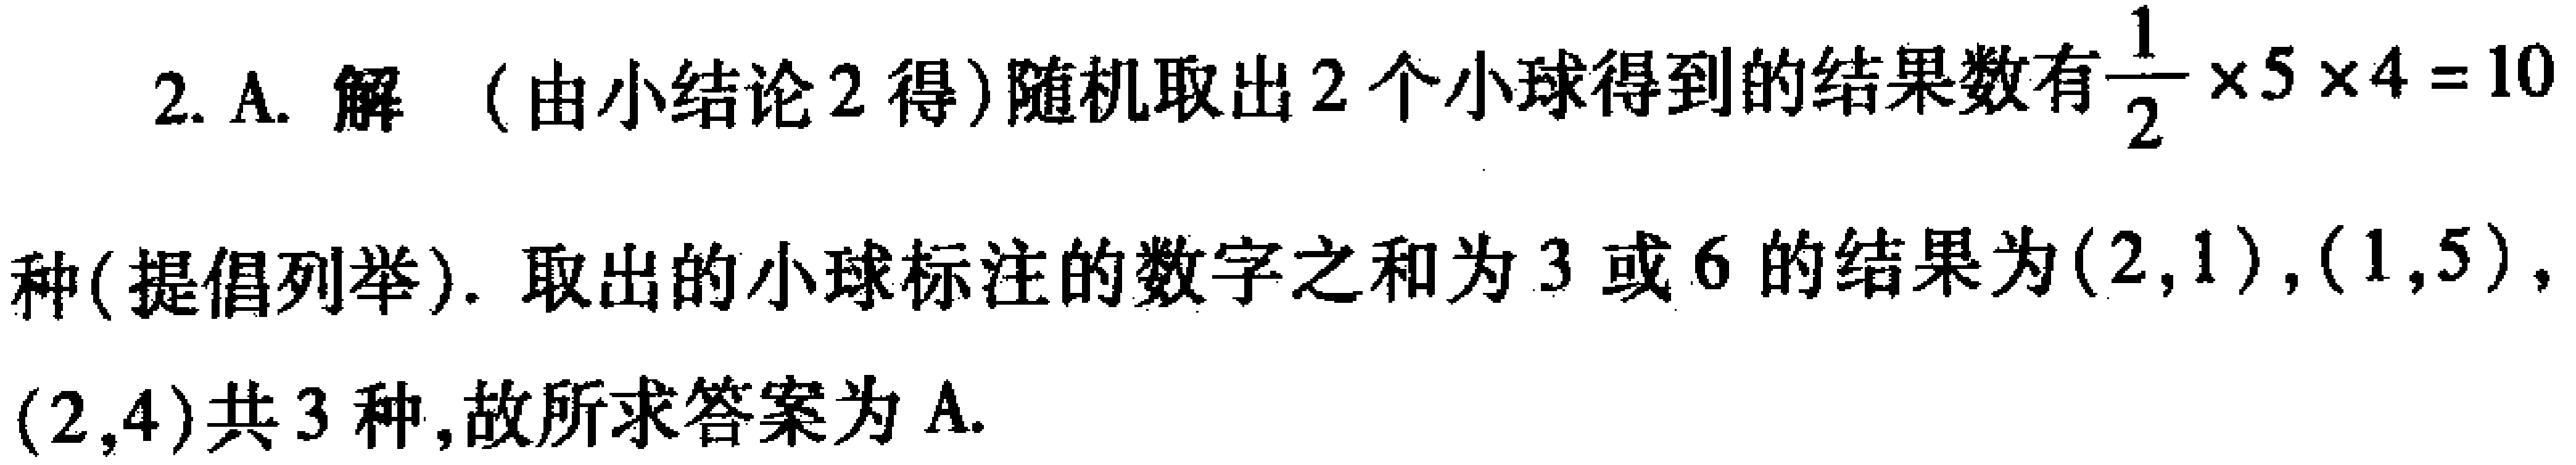
2. A. 解（由小结论2得）随机取出2个小球得到的结果数有$\frac{1}{2} \times 5 \times 4 = 10$种(提倡列举). 取出的小球标注的数字之和为3或6的结果为$(2,1),(1,5),(2,4)$共3种,故所求答案为A.